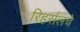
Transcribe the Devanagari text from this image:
रिहर्सलचे